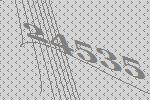
24535